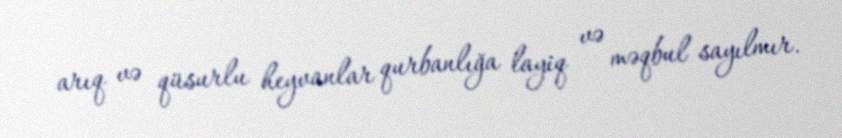
arıq və qüsurlu heyvanlar qurbanlığa layiq və məqbul sayılmır.